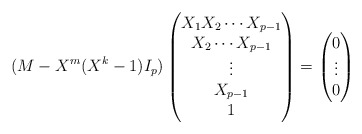
\begin{align*}(M-X^m(X^k-1)I_p) \begin{pmatrix}X_1X_2\cdots X_{p-1}\\ X_2\cdots X_{p-1}\\ \vdots\\X_{p-1}\\1\end{pmatrix}=\begin{pmatrix}0\\ \vdots\\0\end{pmatrix}\end{align*}